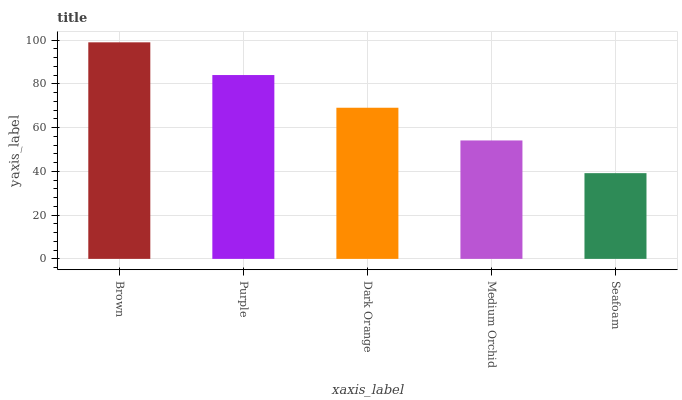
| xaxis_label | bars |
 | --- | --- |
 | Brown | 99 |
 | Purple | 84 |
 | Dark Orange | 69.1 |
 | Medium Orchid | 54.1 |
 | Seafoam | 39.2 |